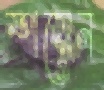
স্পয়েন